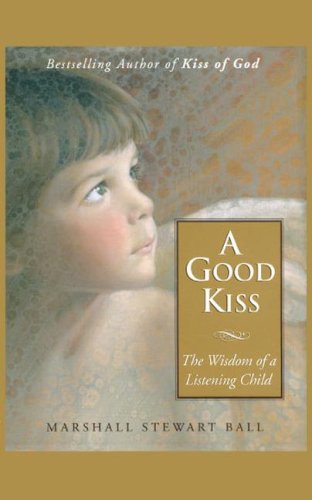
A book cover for A Good Kiss: The Wisdom of a Listening Child; Marshall S. Ball; Children's Books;